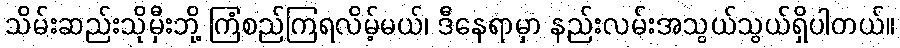
သိမ်းဆည်းသိုမှီးဘို့ ကြံစည်ကြရလိမ့်မယ်၊ ဒီနေရာမှာ နည်းလမ်းအသွယ်သွယ်ရှိပါတယ်။